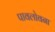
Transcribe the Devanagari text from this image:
पावलोवना